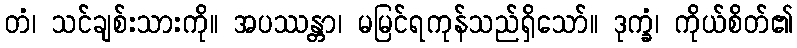
တံ၊ သင်ချစ်းသားကို။ အပဿန္တာ၊ မမြင်ရကုန်သည်ရှိသော်။ ဒုက္ခံ၊ ကိုယ်စိတ်၏